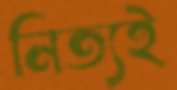
নিত্যই